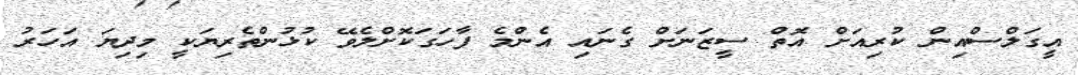
އީގަލްސްއިން ކުރިއަށް އޮތް ސީޒަނަށް ގެނައި އެންމެ ފާހަގަކޮށްލެވޭ ކުޅުންތެރިޔަކީ މިދިޔަ އަހަރު